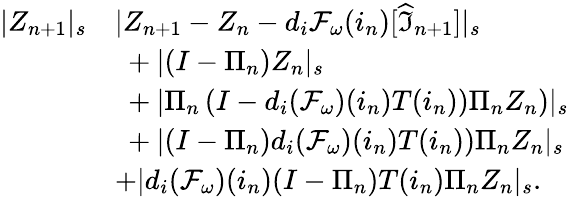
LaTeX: \begin{array}{rl}{|Z_{n+1}|_{s}}&{\le|Z_{n+1}-Z_{n}-d_{i}\mathcal{F}_{\omega}(i_{n})[\widehat{\mathfrak{I}}_{n+1}]|_{s}}\\ &{\ +|(I-\Pi_{n})Z_{n}|_{s}}\\ &{\ +|\Pi_{n}\left(I-d_{i}(\mathcal{F}_{\omega})(i_{n})T(i_{n}))\Pi_{n}Z_{n}\right)|_{s}}\\ &{\ +|(I-\Pi_{n})d_{i}(\mathcal{F}_{\omega})(i_{n})T(i_{n}))\Pi_{n}Z_{n}|_{s}}\\ &{+|d_{i}(\mathcal{F}_{\omega})(i_{n})(I-\Pi_{n})T(i_{n})\Pi_{n}Z_{n}|_{s}.}\end{array}